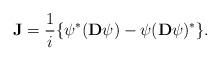
LaTeX: \begin{align*}{\bf J}=\frac{1}{i}\{\psi^*({\bf D}\psi)-\psi({\bf D}\psi)^*\}.\end{align*}